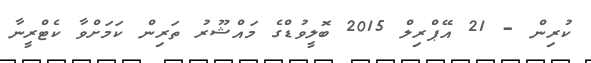
ކުރިން - 21 އޭޕްރިލް 2015 ބޮލީވުޑްގެ މައްޝޫރު ތަރިން ކަމަށްވާ ކެޓްރީނާ